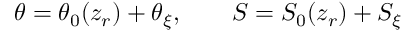
\theta = \theta _ { 0 } ( z _ { r } ) + \theta _ { \xi } , \qquad S = S _ { 0 } ( z _ { r } ) + S _ { \xi }